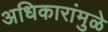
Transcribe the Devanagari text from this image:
अधिकारांमुळे